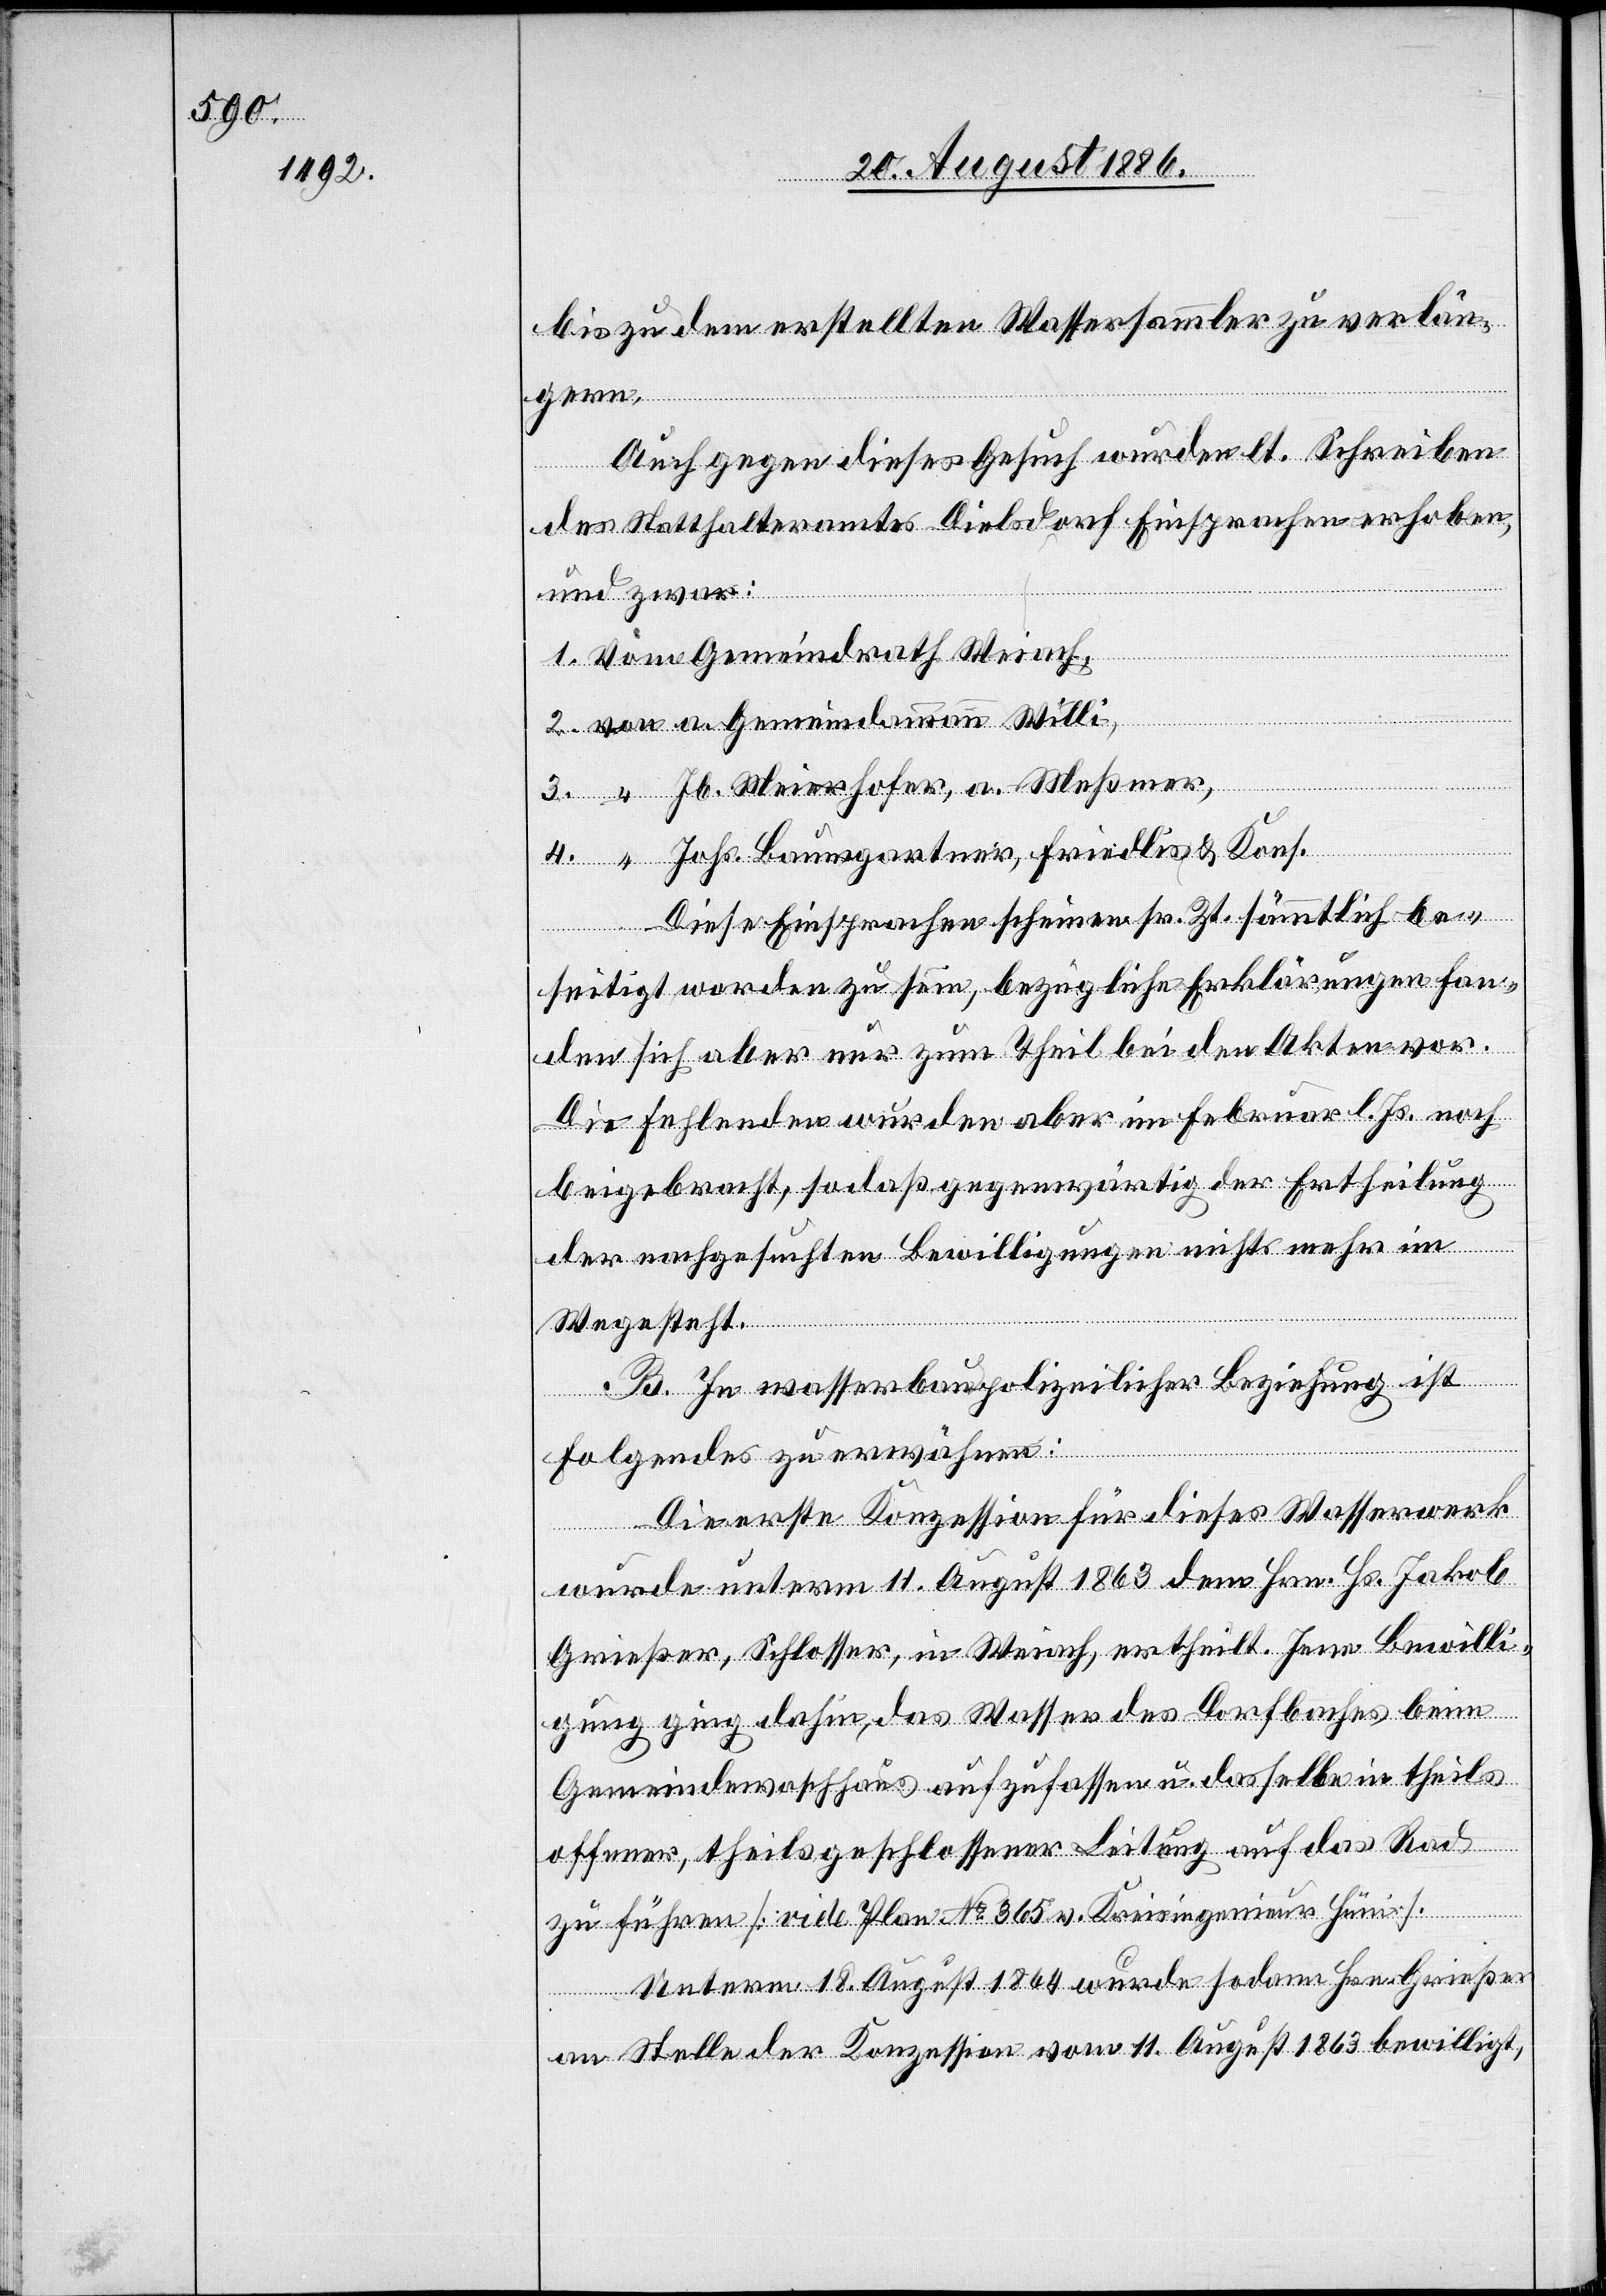
bis zu dem erstellten Wassersammler zu verlän¬
gern.
Auch gegen dieses Gesuch wurden lt. Schreiben
des Statthalteramtes Dielsdorf Einsprachen erhoben,
und zwar:
1. Vom Gemeindrath Weiach,
2. von a. Gemeindammann Willi,
3. “ Jb. Meierhofer, a. Meßmer,
4. “ Johs. Baumgartner, Friedlis & Kons.
Diese Einsprachen scheinen sr. Zt. sämmtlich be¬
seitigt worden zu sein, bezügliche Erklärungen fan¬
den sich aber nur zum Theil bei den Akten vor.
Die fehlenden wurden aber im Februar l. Js. noch
beigebracht, sodaß gegenwärtig der Ertheilung
der nachgesuchten Bewilligung nichts mehr im
Wege steht.
B. In wasserpolizeilicher Beziehung ist
Folgendes zu erwähnen:
Die erste Konzession für dieses Wasserwerk
wurde unterm 11. August 1863 dem Hrn. Hs. Jakob
Grießer, Schlosser, in Weiach, ertheilt. Jene Bewilli¬
gung ging dahin, das Wasser des Dorfbaches beim
Gemeindewaschhaus aufzufassen u. dasselbe in theils
offener, theils geschlossener Leitung auf das Rad
zu führen [vide Plan No 365 v. Kreisingenieur Hüni].
Unterm 18. August 1864 wurde sodann Hrn. Grießer
an Stelle der Konzession vom 11. August 1863 bewilligt,